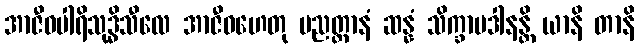
အာဇီဝပါရိသုဒ္ဓိသီလေ အာဇီဝဟေတု ပညတ္တာနံ ဆန္နံ သိက္ခာပဒါနန္တိ ယာနိ တာနိ